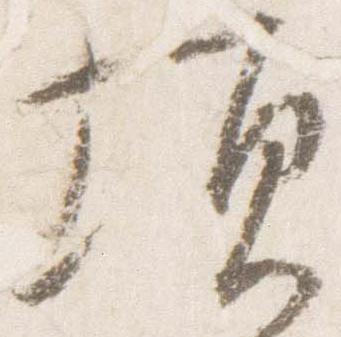
頃